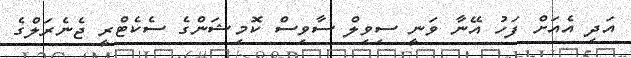
އަދި އެއަށް ފަހު އޭނާ ވަނީ ސިވިލް ސާވިސް ކޮމިޝަންގެ ސެކެޓްރީ ޖެނެރަލްގެ